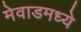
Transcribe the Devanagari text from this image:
मेवाडमध्ये